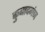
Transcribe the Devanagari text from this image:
कुबादगंज